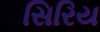
સિરિય